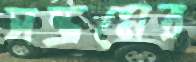
সম্ভ্রমের